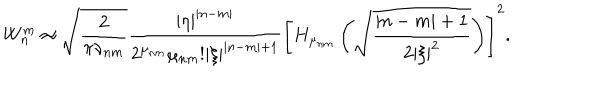
W _ { n } ^ { m } \approx \sqrt { \frac 2 { \pi \nu _ { n m } } } \frac { | \eta | ^ { | n - m | } } { 2 ^ { \mu _ { n m } } \mu _ { n m } ! | \xi | ^ { | n - m | + 1 } } \left[ H _ { \mu _ { n m } } \left( \sqrt { \frac { | n - m | + 1 } { 2 | \xi | ^ { 2 } } } \right) \right] ^ { 2 } .